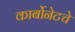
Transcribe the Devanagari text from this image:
कार्बोनेटचे